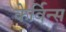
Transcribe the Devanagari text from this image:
केर्विन्स